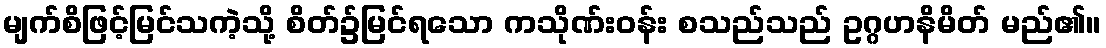
မျက်စိဖြင့်မြင်သကဲ့သို့ စိတ်၌မြင်ရသော ကသိုဏ်းဝန်း စသည်သည် ဥဂ္ဂဟနိမိတ် မည်၏။